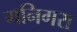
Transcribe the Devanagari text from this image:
मनिगरा